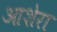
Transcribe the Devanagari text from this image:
आशेरा